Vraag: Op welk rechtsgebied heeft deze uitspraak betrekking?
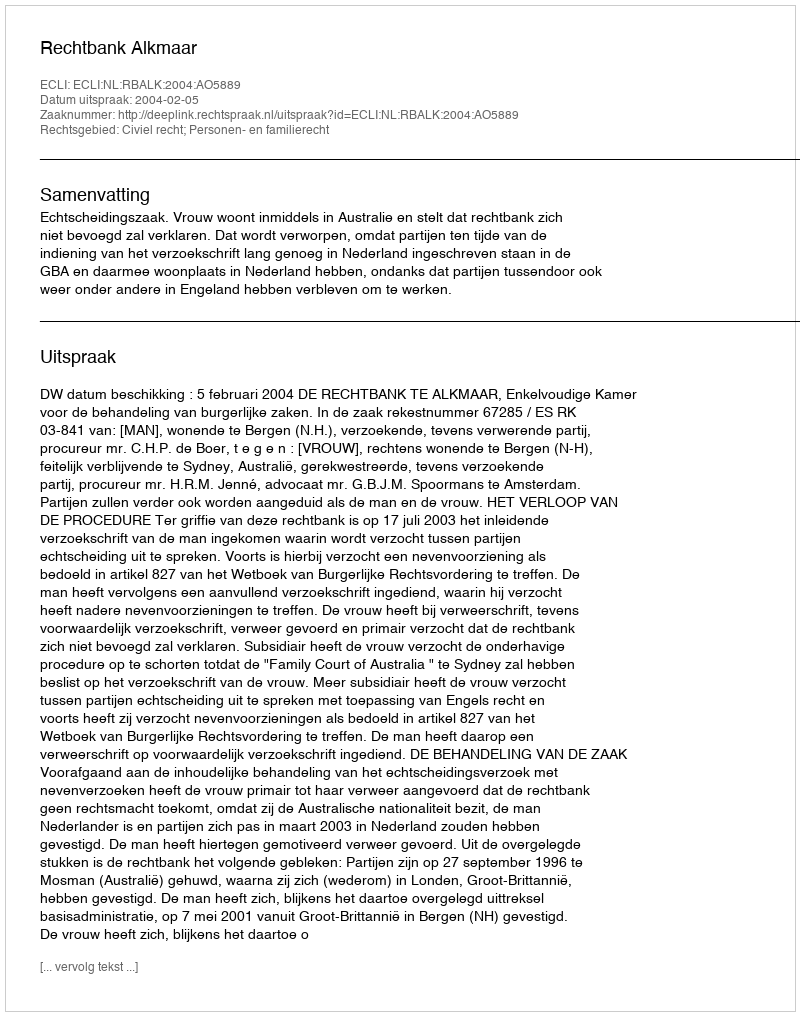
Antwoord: Civiel recht; Personen- en familierecht